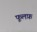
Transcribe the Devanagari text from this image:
फूलफ़